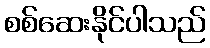
စစ်ဆေးနိုင်ပါသည်